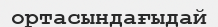
ортасындағыдай